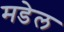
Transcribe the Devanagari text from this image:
मडेल